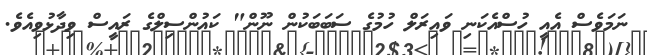
ނަމަވެސް އެއީ ހުސްއެކަނި ވައިރަލް ހުމުގެ ސަބަބަކުން ނޫން" ކައުންސިލްގެ ރައީސް ވިދާޅުވިއެވެ.